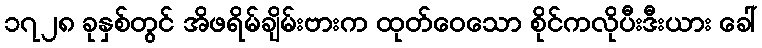
၁၇၂၈ ခုနှစ်တွင် အိဖရိမ်ချိမ်းဗားက ထုတ်ဝေသော စိုင်ကလိုပီးဒီးယား ခေါ်